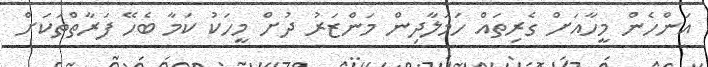
އަންހެން މީހާއަށް ގެރިތައް ހަމަލާދިން މަންޒަރު ދުށް މީހަކު ކަމާ ބެހޭ ފަރާތްތަކަށް